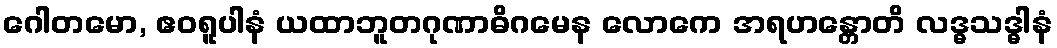
ဂေါတမော, ဧဝရူပါနံ ယထာဘူတဂုဏာဓိဂမေန လောကေ အရဟန္တောတိ လဒ္ဓသဒ္ဓါနံ